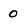
Character: 0